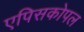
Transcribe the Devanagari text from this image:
एपिसकोपल